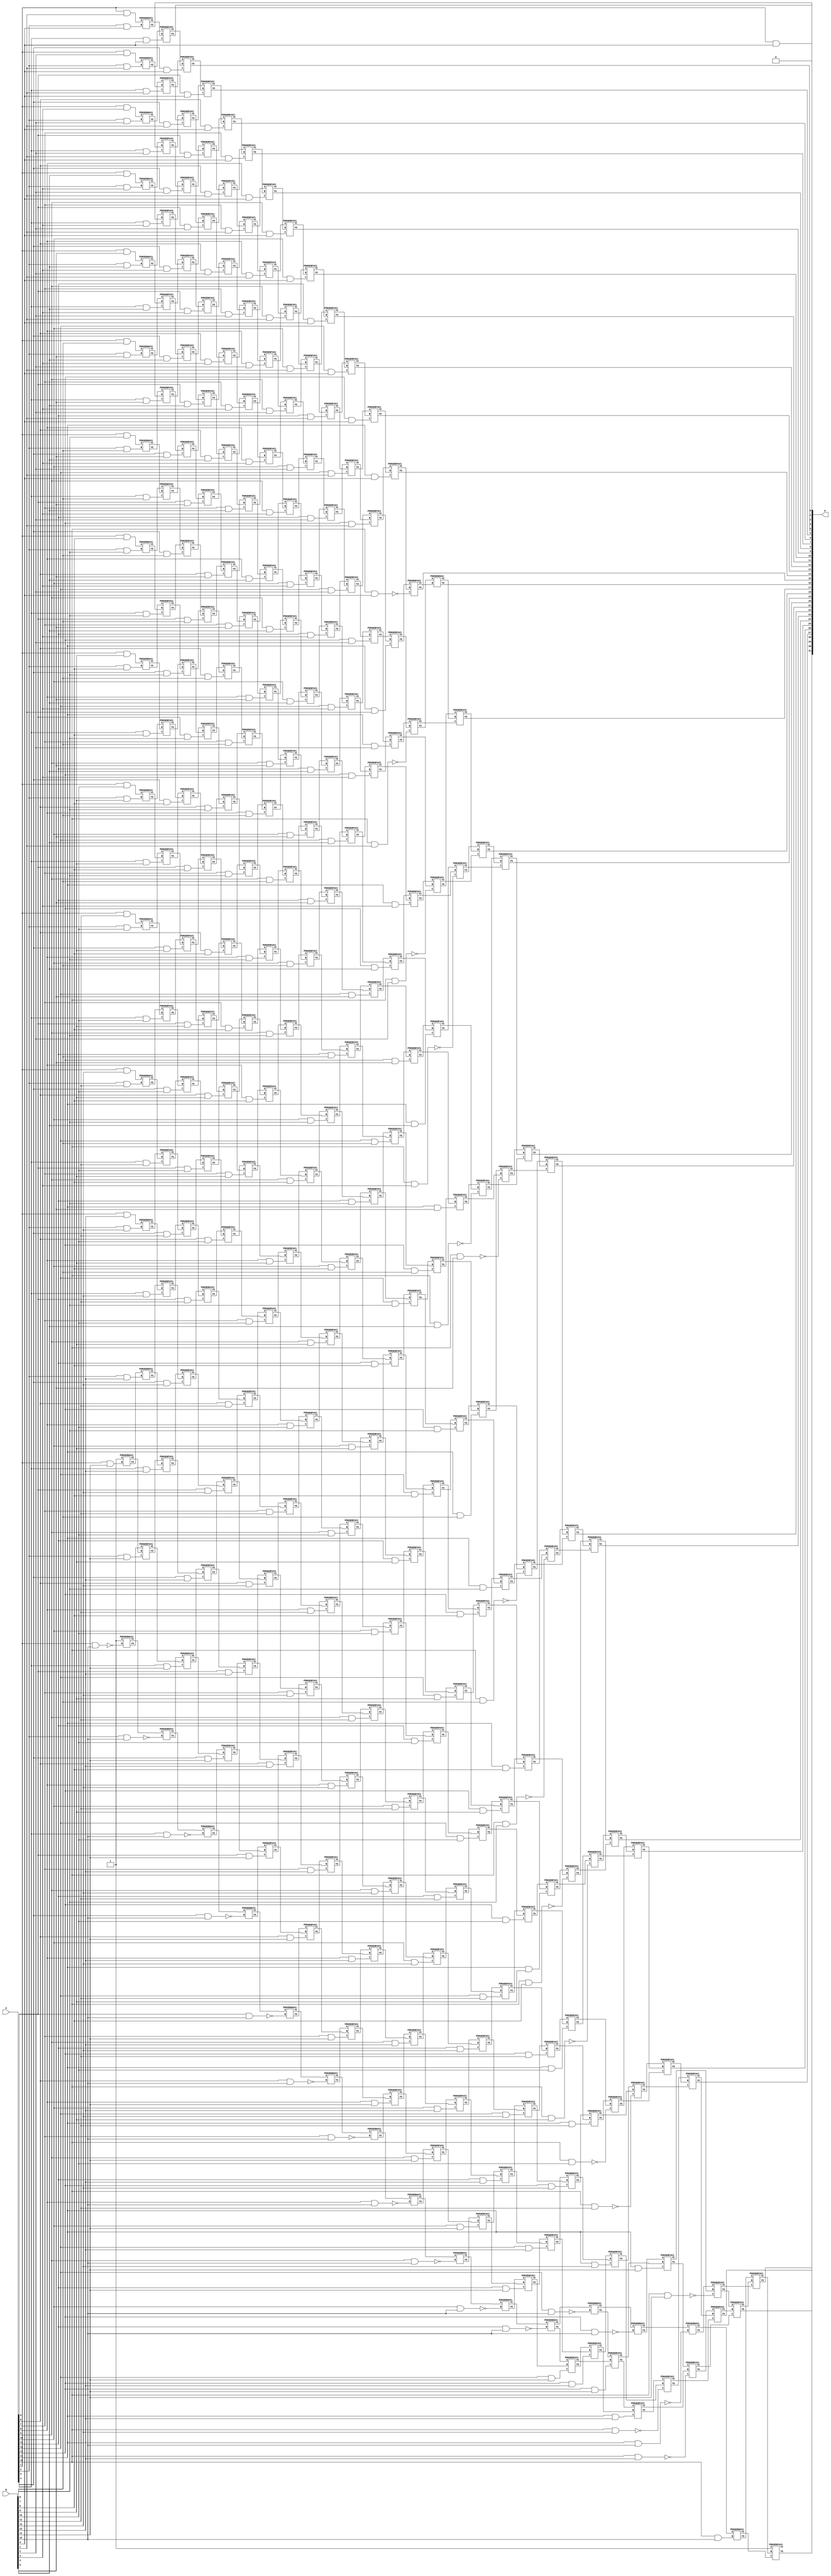
// This program was cloned from: https://github.com/ehw-fit/evoapproxlib
// License: MIT License

/***
* This code is a part of EvoApproxLib library (ehw.fit.vutbr.cz/approxlib) distributed under The MIT License.
* When used, please cite the following article(s): V. Mrazek, Z. Vasicek, L. Sekanina, H. Jiang and J. Han, "Scalable Construction of Approximate Multipliers With Formally Guaranteed Worst Case Error" in IEEE Transactions on Very Large Scale Integration (VLSI) Systems, vol. 26, no. 11, pp. 2572-2576, Nov. 2018. doi: 10.1109/TVLSI.2018.2856362 
* This file contains a circuit from a sub-set of pareto optimal circuits with respect to the pwr and ep parameters
***/
// MAE% = 0.00019 %
// MAE = 8192 
// WCE% = 0.00076 %
// WCE = 32768 
// WCRE% = 100.00 %
// EP% = 50.00 %
// MRE% = 0.018 %
// MSE = 17895.697e4 
// PDK45_PWR = 2.326 mW
// PDK45_AREA = 2764.2 um2
// PDK45_DELAY = 3.09 ns


module mul16s_G80 ( A, B, O );
  input [15:0] A;
  input [15:0] B;
  output [31:0] O;

  wire C_10_0,C_10_1,C_10_10,C_10_11,C_10_12,C_10_13,C_10_14,C_10_15,C_10_2,C_10_3,C_10_4,C_10_5,C_10_6,C_10_7,C_10_8,C_10_9,C_11_0,C_11_1,C_11_10,C_11_11,C_11_12,C_11_13,C_11_14,C_11_15,C_11_2,C_11_3,C_11_4,C_11_5,C_11_6,C_11_7,C_11_8,C_11_9,C_12_0,C_12_1,C_12_10,C_12_11,C_12_12,C_12_13,C_12_14,C_12_15,C_12_2,C_12_3,C_12_4,C_12_5,C_12_6,C_12_7,C_12_8,C_12_9,C_13_0,C_13_1,C_13_10,C_13_11,C_13_12,C_13_13,C_13_14,C_13_15,C_13_2,C_13_3,C_13_4,C_13_5,C_13_6,C_13_7,C_13_8,C_13_9,C_14_0,C_14_1,C_14_10,C_14_11,C_14_12,C_14_13,C_14_14,C_14_15,C_14_2,C_14_3,C_14_4,C_14_5,C_14_6,C_14_7,C_14_8,C_14_9,C_15_0,C_15_1,C_15_10,C_15_11,C_15_12,C_15_13,C_15_14,C_15_15,C_15_2,C_15_3,C_15_4,C_15_5,C_15_6,C_15_7,C_15_8,C_15_9,C_16_0,C_16_1,C_16_10,C_16_11,C_16_12,C_16_13,C_16_14,C_16_15,C_16_2,C_16_3,C_16_4,C_16_5,C_16_6,C_16_7,C_16_8,C_16_9,C_1_14,C_1_15,C_2_0,C_2_1,C_2_10,C_2_11,C_2_12,C_2_13,C_2_14,C_2_15,C_2_2,C_2_3,C_2_4,C_2_5,C_2_6,C_2_7,C_2_8,C_2_9,C_3_0,C_3_1,C_3_10,C_3_11,C_3_12,C_3_13,C_3_14,C_3_15,C_3_2,C_3_3,C_3_4,C_3_5,C_3_6,C_3_7,C_3_8,C_3_9,C_4_0,C_4_1,C_4_10,C_4_11,C_4_12,C_4_13,C_4_14,C_4_15,C_4_2,C_4_3,C_4_4,C_4_5,C_4_6,C_4_7,C_4_8,C_4_9,C_5_0,C_5_1,C_5_10,C_5_11,C_5_12,C_5_13,C_5_14,C_5_15,C_5_2,C_5_3,C_5_4,C_5_5,C_5_6,C_5_7,C_5_8,C_5_9,C_6_0,C_6_1,C_6_10,C_6_11,C_6_12,C_6_13,C_6_14,C_6_15,C_6_2,C_6_3,C_6_4,C_6_5,C_6_6,C_6_7,C_6_8,C_6_9,C_7_0,C_7_1,C_7_10,C_7_11,C_7_12,C_7_13,C_7_14,C_7_15,C_7_2,C_7_3,C_7_4,C_7_5,C_7_6,C_7_7,C_7_8,C_7_9,C_8_0,C_8_1,C_8_10,C_8_11,C_8_12,C_8_13,C_8_14,C_8_15,C_8_2,C_8_3,C_8_4,C_8_5,C_8_6,C_8_7,C_8_8,C_8_9,C_9_0,C_9_1,C_9_10,C_9_11,C_9_12,C_9_13,C_9_14,C_9_15,C_9_2,C_9_3,C_9_4,C_9_5,C_9_6,C_9_7,C_9_8,C_9_9,S_0_15,S_10_0,S_10_1,S_10_10,S_10_11,S_10_12,S_10_13,S_10_14,S_10_15,S_10_2,S_10_3,S_10_4,S_10_5,S_10_6,S_10_7,S_10_8,S_10_9,S_11_0,S_11_1,S_11_10,S_11_11,S_11_12,S_11_13,S_11_14,S_11_15,S_11_2,S_11_3,S_11_4,S_11_5,S_11_6,S_11_7,S_11_8,S_11_9,S_12_0,S_12_1,S_12_10,S_12_11,S_12_12,S_12_13,S_12_14,S_12_15,S_12_2,S_12_3,S_12_4,S_12_5,S_12_6,S_12_7,S_12_8,S_12_9,S_13_0,S_13_1,S_13_10,S_13_11,S_13_12,S_13_13,S_13_14,S_13_15,S_13_2,S_13_3,S_13_4,S_13_5,S_13_6,S_13_7,S_13_8,S_13_9,S_14_0,S_14_1,S_14_10,S_14_11,S_14_12,S_14_13,S_14_14,S_14_15,S_14_2,S_14_3,S_14_4,S_14_5,S_14_6,S_14_7,S_14_8,S_14_9,S_15_0,S_15_1,S_15_10,S_15_11,S_15_12,S_15_13,S_15_14,S_15_15,S_15_2,S_15_3,S_15_4,S_15_5,S_15_6,S_15_7,S_15_8,S_15_9,S_16_0,S_16_1,S_16_10,S_16_11,S_16_12,S_16_13,S_16_14,S_16_15,S_16_2,S_16_3,S_16_4,S_16_5,S_16_6,S_16_7,S_16_8,S_16_9,S_1_0,S_1_1,S_1_10,S_1_11,S_1_12,S_1_13,S_1_14,S_1_15,S_1_2,S_1_3,S_1_4,S_1_5,S_1_6,S_1_7,S_1_8,S_1_9,S_2_0,S_2_1,S_2_10,S_2_11,S_2_12,S_2_13,S_2_14,S_2_15,S_2_2,S_2_3,S_2_4,S_2_5,S_2_6,S_2_7,S_2_8,S_2_9,S_3_0,S_3_1,S_3_10,S_3_11,S_3_12,S_3_13,S_3_14,S_3_15,S_3_2,S_3_3,S_3_4,S_3_5,S_3_6,S_3_7,S_3_8,S_3_9,S_4_0,S_4_1,S_4_10,S_4_11,S_4_12,S_4_13,S_4_14,S_4_15,S_4_2,S_4_3,S_4_4,S_4_5,S_4_6,S_4_7,S_4_8,S_4_9,S_5_0,S_5_1,S_5_10,S_5_11,S_5_12,S_5_13,S_5_14,S_5_15,S_5_2,S_5_3,S_5_4,S_5_5,S_5_6,S_5_7,S_5_8,S_5_9,S_6_0,S_6_1,S_6_10,S_6_11,S_6_12,S_6_13,S_6_14,S_6_15,S_6_2,S_6_3,S_6_4,S_6_5,S_6_6,S_6_7,S_6_8,S_6_9,S_7_0,S_7_1,S_7_10,S_7_11,S_7_12,S_7_13,S_7_14,S_7_15,S_7_2,S_7_3,S_7_4,S_7_5,S_7_6,S_7_7,S_7_8,S_7_9,S_8_0,S_8_1,S_8_10,S_8_11,S_8_12,S_8_13,S_8_14,S_8_15,S_8_2,S_8_3,S_8_4,S_8_5,S_8_6,S_8_7,S_8_8,S_8_9,S_9_0,S_9_1,S_9_10,S_9_11,S_9_12,S_9_13,S_9_14,S_9_15,S_9_2,S_9_3,S_9_4,S_9_5,S_9_6,S_9_7,S_9_8,S_9_9;

  assign S_0_15 = 1'b1;
  assign S_1_0 = (A[1] & B[0]);
  assign S_1_1 = (A[1] & B[1]);
  assign S_1_2 = (A[1] & B[2]);
  assign S_1_3 = (A[1] & B[3]);
  assign S_1_4 = (A[1] & B[4]);
  assign S_1_5 = (A[1] & B[5]);
  assign S_1_6 = (A[1] & B[6]);
  assign S_1_7 = (A[1] & B[7]);
  assign S_1_8 = (A[1] & B[8]);
  assign S_1_9 = (A[1] & B[9]);
  assign S_1_10 = (A[1] & B[10]);
  assign S_1_11 = (A[1] & B[11]);
  assign S_1_12 = (A[1] & B[12]);
  assign S_1_13 = (A[1] & B[13]);
  PDKGENHAX1 U95663 (.A(S_0_15), .B((A[1] & B[14])), .YS(S_1_14), .YC(C_1_14));
  PDKGENHAX1 U95664 (.A(1'b1), .B(~(A[1] & B[15])), .YS(S_1_15), .YC(C_1_15));
  PDKGENHAX1 U95665 (.A(S_1_1), .B((A[2] & B[0])), .YS(S_2_0), .YC(C_2_0));
  PDKGENHAX1 U95666 (.A(S_1_2), .B((A[2] & B[1])), .YS(S_2_1), .YC(C_2_1));
  PDKGENHAX1 U95667 (.A(S_1_3), .B((A[2] & B[2])), .YS(S_2_2), .YC(C_2_2));
  PDKGENHAX1 U95668 (.A(S_1_4), .B((A[2] & B[3])), .YS(S_2_3), .YC(C_2_3));
  PDKGENHAX1 U95669 (.A(S_1_5), .B((A[2] & B[4])), .YS(S_2_4), .YC(C_2_4));
  PDKGENHAX1 U95670 (.A(S_1_6), .B((A[2] & B[5])), .YS(S_2_5), .YC(C_2_5));
  PDKGENHAX1 U95671 (.A(S_1_7), .B((A[2] & B[6])), .YS(S_2_6), .YC(C_2_6));
  PDKGENHAX1 U95672 (.A(S_1_8), .B((A[2] & B[7])), .YS(S_2_7), .YC(C_2_7));
  PDKGENHAX1 U95673 (.A(S_1_9), .B((A[2] & B[8])), .YS(S_2_8), .YC(C_2_8));
  PDKGENHAX1 U95674 (.A(S_1_10), .B((A[2] & B[9])), .YS(S_2_9), .YC(C_2_9));
  PDKGENHAX1 U95675 (.A(S_1_11), .B((A[2] & B[10])), .YS(S_2_10), .YC(C_2_10));
  PDKGENHAX1 U95676 (.A(S_1_12), .B((A[2] & B[11])), .YS(S_2_11), .YC(C_2_11));
  PDKGENHAX1 U95677 (.A(S_1_13), .B((A[2] & B[12])), .YS(S_2_12), .YC(C_2_12));
  PDKGENHAX1 U95678 (.A(S_1_14), .B((A[2] & B[13])), .YS(S_2_13), .YC(C_2_13));
  PDKGENFAX1 U95679 (.A(S_1_15), .B(C_1_14), .C((A[2] & B[14])), .YS(S_2_14), .YC(C_2_14));
  PDKGENHAX1 U95680 (.A(C_1_15), .B(~(A[2] & B[15])), .YS(S_2_15), .YC(C_2_15));
  PDKGENFAX1 U95681 (.A(S_2_1), .B(C_2_0), .C((A[3] & B[0])), .YS(S_3_0), .YC(C_3_0));
  PDKGENFAX1 U95682 (.A(S_2_2), .B(C_2_1), .C((A[3] & B[1])), .YS(S_3_1), .YC(C_3_1));
  PDKGENFAX1 U95683 (.A(S_2_3), .B(C_2_2), .C((A[3] & B[2])), .YS(S_3_2), .YC(C_3_2));
  PDKGENFAX1 U95684 (.A(S_2_4), .B(C_2_3), .C((A[3] & B[3])), .YS(S_3_3), .YC(C_3_3));
  PDKGENFAX1 U95685 (.A(S_2_5), .B(C_2_4), .C((A[3] & B[4])), .YS(S_3_4), .YC(C_3_4));
  PDKGENFAX1 U95686 (.A(S_2_6), .B(C_2_5), .C((A[3] & B[5])), .YS(S_3_5), .YC(C_3_5));
  PDKGENFAX1 U95687 (.A(S_2_7), .B(C_2_6), .C((A[3] & B[6])), .YS(S_3_6), .YC(C_3_6));
  PDKGENFAX1 U95688 (.A(S_2_8), .B(C_2_7), .C((A[3] & B[7])), .YS(S_3_7), .YC(C_3_7));
  PDKGENFAX1 U95689 (.A(S_2_9), .B(C_2_8), .C((A[3] & B[8])), .YS(S_3_8), .YC(C_3_8));
  PDKGENFAX1 U95690 (.A(S_2_10), .B(C_2_9), .C((A[3] & B[9])), .YS(S_3_9), .YC(C_3_9));
  PDKGENFAX1 U95691 (.A(S_2_11), .B(C_2_10), .C((A[3] & B[10])), .YS(S_3_10), .YC(C_3_10));
  PDKGENFAX1 U95692 (.A(S_2_12), .B(C_2_11), .C((A[3] & B[11])), .YS(S_3_11), .YC(C_3_11));
  PDKGENFAX1 U95693 (.A(S_2_13), .B(C_2_12), .C((A[3] & B[12])), .YS(S_3_12), .YC(C_3_12));
  PDKGENFAX1 U95694 (.A(S_2_14), .B(C_2_13), .C((A[3] & B[13])), .YS(S_3_13), .YC(C_3_13));
  PDKGENFAX1 U95695 (.A(S_2_15), .B(C_2_14), .C((A[3] & B[14])), .YS(S_3_14), .YC(C_3_14));
  PDKGENHAX1 U95696 (.A(C_2_15), .B(~(A[3] & B[15])), .YS(S_3_15), .YC(C_3_15));
  PDKGENFAX1 U95697 (.A(S_3_1), .B(C_3_0), .C((A[4] & B[0])), .YS(S_4_0), .YC(C_4_0));
  PDKGENFAX1 U95698 (.A(S_3_2), .B(C_3_1), .C((A[4] & B[1])), .YS(S_4_1), .YC(C_4_1));
  PDKGENFAX1 U95699 (.A(S_3_3), .B(C_3_2), .C((A[4] & B[2])), .YS(S_4_2), .YC(C_4_2));
  PDKGENFAX1 U95700 (.A(S_3_4), .B(C_3_3), .C((A[4] & B[3])), .YS(S_4_3), .YC(C_4_3));
  PDKGENFAX1 U95701 (.A(S_3_5), .B(C_3_4), .C((A[4] & B[4])), .YS(S_4_4), .YC(C_4_4));
  PDKGENFAX1 U95702 (.A(S_3_6), .B(C_3_5), .C((A[4] & B[5])), .YS(S_4_5), .YC(C_4_5));
  PDKGENFAX1 U95703 (.A(S_3_7), .B(C_3_6), .C((A[4] & B[6])), .YS(S_4_6), .YC(C_4_6));
  PDKGENFAX1 U95704 (.A(S_3_8), .B(C_3_7), .C((A[4] & B[7])), .YS(S_4_7), .YC(C_4_7));
  PDKGENFAX1 U95705 (.A(S_3_9), .B(C_3_8), .C((A[4] & B[8])), .YS(S_4_8), .YC(C_4_8));
  PDKGENFAX1 U95706 (.A(S_3_10), .B(C_3_9), .C((A[4] & B[9])), .YS(S_4_9), .YC(C_4_9));
  PDKGENFAX1 U95707 (.A(S_3_11), .B(C_3_10), .C((A[4] & B[10])), .YS(S_4_10), .YC(C_4_10));
  PDKGENFAX1 U95708 (.A(S_3_12), .B(C_3_11), .C((A[4] & B[11])), .YS(S_4_11), .YC(C_4_11));
  PDKGENFAX1 U95709 (.A(S_3_13), .B(C_3_12), .C((A[4] & B[12])), .YS(S_4_12), .YC(C_4_12));
  PDKGENFAX1 U95710 (.A(S_3_14), .B(C_3_13), .C((A[4] & B[13])), .YS(S_4_13), .YC(C_4_13));
  PDKGENFAX1 U95711 (.A(S_3_15), .B(C_3_14), .C((A[4] & B[14])), .YS(S_4_14), .YC(C_4_14));
  PDKGENHAX1 U95712 (.A(C_3_15), .B(~(A[4] & B[15])), .YS(S_4_15), .YC(C_4_15));
  PDKGENFAX1 U95713 (.A(S_4_1), .B(C_4_0), .C((A[5] & B[0])), .YS(S_5_0), .YC(C_5_0));
  PDKGENFAX1 U95714 (.A(S_4_2), .B(C_4_1), .C((A[5] & B[1])), .YS(S_5_1), .YC(C_5_1));
  PDKGENFAX1 U95715 (.A(S_4_3), .B(C_4_2), .C((A[5] & B[2])), .YS(S_5_2), .YC(C_5_2));
  PDKGENFAX1 U95716 (.A(S_4_4), .B(C_4_3), .C((A[5] & B[3])), .YS(S_5_3), .YC(C_5_3));
  PDKGENFAX1 U95717 (.A(S_4_5), .B(C_4_4), .C((A[5] & B[4])), .YS(S_5_4), .YC(C_5_4));
  PDKGENFAX1 U95718 (.A(S_4_6), .B(C_4_5), .C((A[5] & B[5])), .YS(S_5_5), .YC(C_5_5));
  PDKGENFAX1 U95719 (.A(S_4_7), .B(C_4_6), .C((A[5] & B[6])), .YS(S_5_6), .YC(C_5_6));
  PDKGENFAX1 U95720 (.A(S_4_8), .B(C_4_7), .C((A[5] & B[7])), .YS(S_5_7), .YC(C_5_7));
  PDKGENFAX1 U95721 (.A(S_4_9), .B(C_4_8), .C((A[5] & B[8])), .YS(S_5_8), .YC(C_5_8));
  PDKGENFAX1 U95722 (.A(S_4_10), .B(C_4_9), .C((A[5] & B[9])), .YS(S_5_9), .YC(C_5_9));
  PDKGENFAX1 U95723 (.A(S_4_11), .B(C_4_10), .C((A[5] & B[10])), .YS(S_5_10), .YC(C_5_10));
  PDKGENFAX1 U95724 (.A(S_4_12), .B(C_4_11), .C((A[5] & B[11])), .YS(S_5_11), .YC(C_5_11));
  PDKGENFAX1 U95725 (.A(S_4_13), .B(C_4_12), .C((A[5] & B[12])), .YS(S_5_12), .YC(C_5_12));
  PDKGENFAX1 U95726 (.A(S_4_14), .B(C_4_13), .C((A[5] & B[13])), .YS(S_5_13), .YC(C_5_13));
  PDKGENFAX1 U95727 (.A(S_4_15), .B(C_4_14), .C((A[5] & B[14])), .YS(S_5_14), .YC(C_5_14));
  PDKGENHAX1 U95728 (.A(C_4_15), .B(~(A[5] & B[15])), .YS(S_5_15), .YC(C_5_15));
  PDKGENFAX1 U95729 (.A(S_5_1), .B(C_5_0), .C((A[6] & B[0])), .YS(S_6_0), .YC(C_6_0));
  PDKGENFAX1 U95730 (.A(S_5_2), .B(C_5_1), .C((A[6] & B[1])), .YS(S_6_1), .YC(C_6_1));
  PDKGENFAX1 U95731 (.A(S_5_3), .B(C_5_2), .C((A[6] & B[2])), .YS(S_6_2), .YC(C_6_2));
  PDKGENFAX1 U95732 (.A(S_5_4), .B(C_5_3), .C((A[6] & B[3])), .YS(S_6_3), .YC(C_6_3));
  PDKGENFAX1 U95733 (.A(S_5_5), .B(C_5_4), .C((A[6] & B[4])), .YS(S_6_4), .YC(C_6_4));
  PDKGENFAX1 U95734 (.A(S_5_6), .B(C_5_5), .C((A[6] & B[5])), .YS(S_6_5), .YC(C_6_5));
  PDKGENFAX1 U95735 (.A(S_5_7), .B(C_5_6), .C((A[6] & B[6])), .YS(S_6_6), .YC(C_6_6));
  PDKGENFAX1 U95736 (.A(S_5_8), .B(C_5_7), .C((A[6] & B[7])), .YS(S_6_7), .YC(C_6_7));
  PDKGENFAX1 U95737 (.A(S_5_9), .B(C_5_8), .C((A[6] & B[8])), .YS(S_6_8), .YC(C_6_8));
  PDKGENFAX1 U95738 (.A(S_5_10), .B(C_5_9), .C((A[6] & B[9])), .YS(S_6_9), .YC(C_6_9));
  PDKGENFAX1 U95739 (.A(S_5_11), .B(C_5_10), .C((A[6] & B[10])), .YS(S_6_10), .YC(C_6_10));
  PDKGENFAX1 U95740 (.A(S_5_12), .B(C_5_11), .C((A[6] & B[11])), .YS(S_6_11), .YC(C_6_11));
  PDKGENFAX1 U95741 (.A(S_5_13), .B(C_5_12), .C((A[6] & B[12])), .YS(S_6_12), .YC(C_6_12));
  PDKGENFAX1 U95742 (.A(S_5_14), .B(C_5_13), .C((A[6] & B[13])), .YS(S_6_13), .YC(C_6_13));
  PDKGENFAX1 U95743 (.A(S_5_15), .B(C_5_14), .C((A[6] & B[14])), .YS(S_6_14), .YC(C_6_14));
  PDKGENHAX1 U95744 (.A(C_5_15), .B(~(A[6] & B[15])), .YS(S_6_15), .YC(C_6_15));
  PDKGENFAX1 U95745 (.A(S_6_1), .B(C_6_0), .C((A[7] & B[0])), .YS(S_7_0), .YC(C_7_0));
  PDKGENFAX1 U95746 (.A(S_6_2), .B(C_6_1), .C((A[7] & B[1])), .YS(S_7_1), .YC(C_7_1));
  PDKGENFAX1 U95747 (.A(S_6_3), .B(C_6_2), .C((A[7] & B[2])), .YS(S_7_2), .YC(C_7_2));
  PDKGENFAX1 U95748 (.A(S_6_4), .B(C_6_3), .C((A[7] & B[3])), .YS(S_7_3), .YC(C_7_3));
  PDKGENFAX1 U95749 (.A(S_6_5), .B(C_6_4), .C((A[7] & B[4])), .YS(S_7_4), .YC(C_7_4));
  PDKGENFAX1 U95750 (.A(S_6_6), .B(C_6_5), .C((A[7] & B[5])), .YS(S_7_5), .YC(C_7_5));
  PDKGENFAX1 U95751 (.A(S_6_7), .B(C_6_6), .C((A[7] & B[6])), .YS(S_7_6), .YC(C_7_6));
  PDKGENFAX1 U95752 (.A(S_6_8), .B(C_6_7), .C((A[7] & B[7])), .YS(S_7_7), .YC(C_7_7));
  PDKGENFAX1 U95753 (.A(S_6_9), .B(C_6_8), .C((A[7] & B[8])), .YS(S_7_8), .YC(C_7_8));
  PDKGENFAX1 U95754 (.A(S_6_10), .B(C_6_9), .C((A[7] & B[9])), .YS(S_7_9), .YC(C_7_9));
  PDKGENFAX1 U95755 (.A(S_6_11), .B(C_6_10), .C((A[7] & B[10])), .YS(S_7_10), .YC(C_7_10));
  PDKGENFAX1 U95756 (.A(S_6_12), .B(C_6_11), .C((A[7] & B[11])), .YS(S_7_11), .YC(C_7_11));
  PDKGENFAX1 U95757 (.A(S_6_13), .B(C_6_12), .C((A[7] & B[12])), .YS(S_7_12), .YC(C_7_12));
  PDKGENFAX1 U95758 (.A(S_6_14), .B(C_6_13), .C((A[7] & B[13])), .YS(S_7_13), .YC(C_7_13));
  PDKGENFAX1 U95759 (.A(S_6_15), .B(C_6_14), .C((A[7] & B[14])), .YS(S_7_14), .YC(C_7_14));
  PDKGENHAX1 U95760 (.A(C_6_15), .B(~(A[7] & B[15])), .YS(S_7_15), .YC(C_7_15));
  PDKGENFAX1 U95761 (.A(S_7_1), .B(C_7_0), .C((A[8] & B[0])), .YS(S_8_0), .YC(C_8_0));
  PDKGENFAX1 U95762 (.A(S_7_2), .B(C_7_1), .C((A[8] & B[1])), .YS(S_8_1), .YC(C_8_1));
  PDKGENFAX1 U95763 (.A(S_7_3), .B(C_7_2), .C((A[8] & B[2])), .YS(S_8_2), .YC(C_8_2));
  PDKGENFAX1 U95764 (.A(S_7_4), .B(C_7_3), .C((A[8] & B[3])), .YS(S_8_3), .YC(C_8_3));
  PDKGENFAX1 U95765 (.A(S_7_5), .B(C_7_4), .C((A[8] & B[4])), .YS(S_8_4), .YC(C_8_4));
  PDKGENFAX1 U95766 (.A(S_7_6), .B(C_7_5), .C((A[8] & B[5])), .YS(S_8_5), .YC(C_8_5));
  PDKGENFAX1 U95767 (.A(S_7_7), .B(C_7_6), .C((A[8] & B[6])), .YS(S_8_6), .YC(C_8_6));
  PDKGENFAX1 U95768 (.A(S_7_8), .B(C_7_7), .C((A[8] & B[7])), .YS(S_8_7), .YC(C_8_7));
  PDKGENFAX1 U95769 (.A(S_7_9), .B(C_7_8), .C((A[8] & B[8])), .YS(S_8_8), .YC(C_8_8));
  PDKGENFAX1 U95770 (.A(S_7_10), .B(C_7_9), .C((A[8] & B[9])), .YS(S_8_9), .YC(C_8_9));
  PDKGENFAX1 U95771 (.A(S_7_11), .B(C_7_10), .C((A[8] & B[10])), .YS(S_8_10), .YC(C_8_10));
  PDKGENFAX1 U95772 (.A(S_7_12), .B(C_7_11), .C((A[8] & B[11])), .YS(S_8_11), .YC(C_8_11));
  PDKGENFAX1 U95773 (.A(S_7_13), .B(C_7_12), .C((A[8] & B[12])), .YS(S_8_12), .YC(C_8_12));
  PDKGENFAX1 U95774 (.A(S_7_14), .B(C_7_13), .C((A[8] & B[13])), .YS(S_8_13), .YC(C_8_13));
  PDKGENFAX1 U95775 (.A(S_7_15), .B(C_7_14), .C((A[8] & B[14])), .YS(S_8_14), .YC(C_8_14));
  PDKGENHAX1 U95776 (.A(C_7_15), .B(~(A[8] & B[15])), .YS(S_8_15), .YC(C_8_15));
  PDKGENFAX1 U95777 (.A(S_8_1), .B(C_8_0), .C((A[9] & B[0])), .YS(S_9_0), .YC(C_9_0));
  PDKGENFAX1 U95778 (.A(S_8_2), .B(C_8_1), .C((A[9] & B[1])), .YS(S_9_1), .YC(C_9_1));
  PDKGENFAX1 U95779 (.A(S_8_3), .B(C_8_2), .C((A[9] & B[2])), .YS(S_9_2), .YC(C_9_2));
  PDKGENFAX1 U95780 (.A(S_8_4), .B(C_8_3), .C((A[9] & B[3])), .YS(S_9_3), .YC(C_9_3));
  PDKGENFAX1 U95781 (.A(S_8_5), .B(C_8_4), .C((A[9] & B[4])), .YS(S_9_4), .YC(C_9_4));
  PDKGENFAX1 U95782 (.A(S_8_6), .B(C_8_5), .C((A[9] & B[5])), .YS(S_9_5), .YC(C_9_5));
  PDKGENFAX1 U95783 (.A(S_8_7), .B(C_8_6), .C((A[9] & B[6])), .YS(S_9_6), .YC(C_9_6));
  PDKGENFAX1 U95784 (.A(S_8_8), .B(C_8_7), .C((A[9] & B[7])), .YS(S_9_7), .YC(C_9_7));
  PDKGENFAX1 U95785 (.A(S_8_9), .B(C_8_8), .C((A[9] & B[8])), .YS(S_9_8), .YC(C_9_8));
  PDKGENFAX1 U95786 (.A(S_8_10), .B(C_8_9), .C((A[9] & B[9])), .YS(S_9_9), .YC(C_9_9));
  PDKGENFAX1 U95787 (.A(S_8_11), .B(C_8_10), .C((A[9] & B[10])), .YS(S_9_10), .YC(C_9_10));
  PDKGENFAX1 U95788 (.A(S_8_12), .B(C_8_11), .C((A[9] & B[11])), .YS(S_9_11), .YC(C_9_11));
  PDKGENFAX1 U95789 (.A(S_8_13), .B(C_8_12), .C((A[9] & B[12])), .YS(S_9_12), .YC(C_9_12));
  PDKGENFAX1 U95790 (.A(S_8_14), .B(C_8_13), .C((A[9] & B[13])), .YS(S_9_13), .YC(C_9_13));
  PDKGENFAX1 U95791 (.A(S_8_15), .B(C_8_14), .C((A[9] & B[14])), .YS(S_9_14), .YC(C_9_14));
  PDKGENHAX1 U95792 (.A(C_8_15), .B(~(A[9] & B[15])), .YS(S_9_15), .YC(C_9_15));
  PDKGENFAX1 U95793 (.A(S_9_1), .B(C_9_0), .C((A[10] & B[0])), .YS(S_10_0), .YC(C_10_0));
  PDKGENFAX1 U95794 (.A(S_9_2), .B(C_9_1), .C((A[10] & B[1])), .YS(S_10_1), .YC(C_10_1));
  PDKGENFAX1 U95795 (.A(S_9_3), .B(C_9_2), .C((A[10] & B[2])), .YS(S_10_2), .YC(C_10_2));
  PDKGENFAX1 U95796 (.A(S_9_4), .B(C_9_3), .C((A[10] & B[3])), .YS(S_10_3), .YC(C_10_3));
  PDKGENFAX1 U95797 (.A(S_9_5), .B(C_9_4), .C((A[10] & B[4])), .YS(S_10_4), .YC(C_10_4));
  PDKGENFAX1 U95798 (.A(S_9_6), .B(C_9_5), .C((A[10] & B[5])), .YS(S_10_5), .YC(C_10_5));
  PDKGENFAX1 U95799 (.A(S_9_7), .B(C_9_6), .C((A[10] & B[6])), .YS(S_10_6), .YC(C_10_6));
  PDKGENFAX1 U95800 (.A(S_9_8), .B(C_9_7), .C((A[10] & B[7])), .YS(S_10_7), .YC(C_10_7));
  PDKGENFAX1 U95801 (.A(S_9_9), .B(C_9_8), .C((A[10] & B[8])), .YS(S_10_8), .YC(C_10_8));
  PDKGENFAX1 U95802 (.A(S_9_10), .B(C_9_9), .C((A[10] & B[9])), .YS(S_10_9), .YC(C_10_9));
  PDKGENFAX1 U95803 (.A(S_9_11), .B(C_9_10), .C((A[10] & B[10])), .YS(S_10_10), .YC(C_10_10));
  PDKGENFAX1 U95804 (.A(S_9_12), .B(C_9_11), .C((A[10] & B[11])), .YS(S_10_11), .YC(C_10_11));
  PDKGENFAX1 U95805 (.A(S_9_13), .B(C_9_12), .C((A[10] & B[12])), .YS(S_10_12), .YC(C_10_12));
  PDKGENFAX1 U95806 (.A(S_9_14), .B(C_9_13), .C((A[10] & B[13])), .YS(S_10_13), .YC(C_10_13));
  PDKGENFAX1 U95807 (.A(S_9_15), .B(C_9_14), .C((A[10] & B[14])), .YS(S_10_14), .YC(C_10_14));
  PDKGENHAX1 U95808 (.A(C_9_15), .B(~(A[10] & B[15])), .YS(S_10_15), .YC(C_10_15));
  PDKGENFAX1 U95809 (.A(S_10_1), .B(C_10_0), .C((A[11] & B[0])), .YS(S_11_0), .YC(C_11_0));
  PDKGENFAX1 U95810 (.A(S_10_2), .B(C_10_1), .C((A[11] & B[1])), .YS(S_11_1), .YC(C_11_1));
  PDKGENFAX1 U95811 (.A(S_10_3), .B(C_10_2), .C((A[11] & B[2])), .YS(S_11_2), .YC(C_11_2));
  PDKGENFAX1 U95812 (.A(S_10_4), .B(C_10_3), .C((A[11] & B[3])), .YS(S_11_3), .YC(C_11_3));
  PDKGENFAX1 U95813 (.A(S_10_5), .B(C_10_4), .C((A[11] & B[4])), .YS(S_11_4), .YC(C_11_4));
  PDKGENFAX1 U95814 (.A(S_10_6), .B(C_10_5), .C((A[11] & B[5])), .YS(S_11_5), .YC(C_11_5));
  PDKGENFAX1 U95815 (.A(S_10_7), .B(C_10_6), .C((A[11] & B[6])), .YS(S_11_6), .YC(C_11_6));
  PDKGENFAX1 U95816 (.A(S_10_8), .B(C_10_7), .C((A[11] & B[7])), .YS(S_11_7), .YC(C_11_7));
  PDKGENFAX1 U95817 (.A(S_10_9), .B(C_10_8), .C((A[11] & B[8])), .YS(S_11_8), .YC(C_11_8));
  PDKGENFAX1 U95818 (.A(S_10_10), .B(C_10_9), .C((A[11] & B[9])), .YS(S_11_9), .YC(C_11_9));
  PDKGENFAX1 U95819 (.A(S_10_11), .B(C_10_10), .C((A[11] & B[10])), .YS(S_11_10), .YC(C_11_10));
  PDKGENFAX1 U95820 (.A(S_10_12), .B(C_10_11), .C((A[11] & B[11])), .YS(S_11_11), .YC(C_11_11));
  PDKGENFAX1 U95821 (.A(S_10_13), .B(C_10_12), .C((A[11] & B[12])), .YS(S_11_12), .YC(C_11_12));
  PDKGENFAX1 U95822 (.A(S_10_14), .B(C_10_13), .C((A[11] & B[13])), .YS(S_11_13), .YC(C_11_13));
  PDKGENFAX1 U95823 (.A(S_10_15), .B(C_10_14), .C((A[11] & B[14])), .YS(S_11_14), .YC(C_11_14));
  PDKGENHAX1 U95824 (.A(C_10_15), .B(~(A[11] & B[15])), .YS(S_11_15), .YC(C_11_15));
  PDKGENFAX1 U95825 (.A(S_11_1), .B(C_11_0), .C((A[12] & B[0])), .YS(S_12_0), .YC(C_12_0));
  PDKGENFAX1 U95826 (.A(S_11_2), .B(C_11_1), .C((A[12] & B[1])), .YS(S_12_1), .YC(C_12_1));
  PDKGENFAX1 U95827 (.A(S_11_3), .B(C_11_2), .C((A[12] & B[2])), .YS(S_12_2), .YC(C_12_2));
  PDKGENFAX1 U95828 (.A(S_11_4), .B(C_11_3), .C((A[12] & B[3])), .YS(S_12_3), .YC(C_12_3));
  PDKGENFAX1 U95829 (.A(S_11_5), .B(C_11_4), .C((A[12] & B[4])), .YS(S_12_4), .YC(C_12_4));
  PDKGENFAX1 U95830 (.A(S_11_6), .B(C_11_5), .C((A[12] & B[5])), .YS(S_12_5), .YC(C_12_5));
  PDKGENFAX1 U95831 (.A(S_11_7), .B(C_11_6), .C((A[12] & B[6])), .YS(S_12_6), .YC(C_12_6));
  PDKGENFAX1 U95832 (.A(S_11_8), .B(C_11_7), .C((A[12] & B[7])), .YS(S_12_7), .YC(C_12_7));
  PDKGENFAX1 U95833 (.A(S_11_9), .B(C_11_8), .C((A[12] & B[8])), .YS(S_12_8), .YC(C_12_8));
  PDKGENFAX1 U95834 (.A(S_11_10), .B(C_11_9), .C((A[12] & B[9])), .YS(S_12_9), .YC(C_12_9));
  PDKGENFAX1 U95835 (.A(S_11_11), .B(C_11_10), .C((A[12] & B[10])), .YS(S_12_10), .YC(C_12_10));
  PDKGENFAX1 U95836 (.A(S_11_12), .B(C_11_11), .C((A[12] & B[11])), .YS(S_12_11), .YC(C_12_11));
  PDKGENFAX1 U95837 (.A(S_11_13), .B(C_11_12), .C((A[12] & B[12])), .YS(S_12_12), .YC(C_12_12));
  PDKGENFAX1 U95838 (.A(S_11_14), .B(C_11_13), .C((A[12] & B[13])), .YS(S_12_13), .YC(C_12_13));
  PDKGENFAX1 U95839 (.A(S_11_15), .B(C_11_14), .C((A[12] & B[14])), .YS(S_12_14), .YC(C_12_14));
  PDKGENHAX1 U95840 (.A(C_11_15), .B(~(A[12] & B[15])), .YS(S_12_15), .YC(C_12_15));
  PDKGENFAX1 U95841 (.A(S_12_1), .B(C_12_0), .C((A[13] & B[0])), .YS(S_13_0), .YC(C_13_0));
  PDKGENFAX1 U95842 (.A(S_12_2), .B(C_12_1), .C((A[13] & B[1])), .YS(S_13_1), .YC(C_13_1));
  PDKGENFAX1 U95843 (.A(S_12_3), .B(C_12_2), .C((A[13] & B[2])), .YS(S_13_2), .YC(C_13_2));
  PDKGENFAX1 U95844 (.A(S_12_4), .B(C_12_3), .C((A[13] & B[3])), .YS(S_13_3), .YC(C_13_3));
  PDKGENFAX1 U95845 (.A(S_12_5), .B(C_12_4), .C((A[13] & B[4])), .YS(S_13_4), .YC(C_13_4));
  PDKGENFAX1 U95846 (.A(S_12_6), .B(C_12_5), .C((A[13] & B[5])), .YS(S_13_5), .YC(C_13_5));
  PDKGENFAX1 U95847 (.A(S_12_7), .B(C_12_6), .C((A[13] & B[6])), .YS(S_13_6), .YC(C_13_6));
  PDKGENFAX1 U95848 (.A(S_12_8), .B(C_12_7), .C((A[13] & B[7])), .YS(S_13_7), .YC(C_13_7));
  PDKGENFAX1 U95849 (.A(S_12_9), .B(C_12_8), .C((A[13] & B[8])), .YS(S_13_8), .YC(C_13_8));
  PDKGENFAX1 U95850 (.A(S_12_10), .B(C_12_9), .C((A[13] & B[9])), .YS(S_13_9), .YC(C_13_9));
  PDKGENFAX1 U95851 (.A(S_12_11), .B(C_12_10), .C((A[13] & B[10])), .YS(S_13_10), .YC(C_13_10));
  PDKGENFAX1 U95852 (.A(S_12_12), .B(C_12_11), .C((A[13] & B[11])), .YS(S_13_11), .YC(C_13_11));
  PDKGENFAX1 U95853 (.A(S_12_13), .B(C_12_12), .C((A[13] & B[12])), .YS(S_13_12), .YC(C_13_12));
  PDKGENFAX1 U95854 (.A(S_12_14), .B(C_12_13), .C((A[13] & B[13])), .YS(S_13_13), .YC(C_13_13));
  PDKGENFAX1 U95855 (.A(S_12_15), .B(C_12_14), .C((A[13] & B[14])), .YS(S_13_14), .YC(C_13_14));
  PDKGENHAX1 U95856 (.A(C_12_15), .B(~(A[13] & B[15])), .YS(S_13_15), .YC(C_13_15));
  PDKGENFAX1 U95857 (.A(S_13_1), .B(C_13_0), .C((A[14] & B[0])), .YS(S_14_0), .YC(C_14_0));
  PDKGENFAX1 U95858 (.A(S_13_2), .B(C_13_1), .C((A[14] & B[1])), .YS(S_14_1), .YC(C_14_1));
  PDKGENFAX1 U95859 (.A(S_13_3), .B(C_13_2), .C((A[14] & B[2])), .YS(S_14_2), .YC(C_14_2));
  PDKGENFAX1 U95860 (.A(S_13_4), .B(C_13_3), .C((A[14] & B[3])), .YS(S_14_3), .YC(C_14_3));
  PDKGENFAX1 U95861 (.A(S_13_5), .B(C_13_4), .C((A[14] & B[4])), .YS(S_14_4), .YC(C_14_4));
  PDKGENFAX1 U95862 (.A(S_13_6), .B(C_13_5), .C((A[14] & B[5])), .YS(S_14_5), .YC(C_14_5));
  PDKGENFAX1 U95863 (.A(S_13_7), .B(C_13_6), .C((A[14] & B[6])), .YS(S_14_6), .YC(C_14_6));
  PDKGENFAX1 U95864 (.A(S_13_8), .B(C_13_7), .C((A[14] & B[7])), .YS(S_14_7), .YC(C_14_7));
  PDKGENFAX1 U95865 (.A(S_13_9), .B(C_13_8), .C((A[14] & B[8])), .YS(S_14_8), .YC(C_14_8));
  PDKGENFAX1 U95866 (.A(S_13_10), .B(C_13_9), .C((A[14] & B[9])), .YS(S_14_9), .YC(C_14_9));
  PDKGENFAX1 U95867 (.A(S_13_11), .B(C_13_10), .C((A[14] & B[10])), .YS(S_14_10), .YC(C_14_10));
  PDKGENFAX1 U95868 (.A(S_13_12), .B(C_13_11), .C((A[14] & B[11])), .YS(S_14_11), .YC(C_14_11));
  PDKGENFAX1 U95869 (.A(S_13_13), .B(C_13_12), .C((A[14] & B[12])), .YS(S_14_12), .YC(C_14_12));
  PDKGENFAX1 U95870 (.A(S_13_14), .B(C_13_13), .C((A[14] & B[13])), .YS(S_14_13), .YC(C_14_13));
  PDKGENFAX1 U95871 (.A(S_13_15), .B(C_13_14), .C((A[14] & B[14])), .YS(S_14_14), .YC(C_14_14));
  PDKGENHAX1 U95872 (.A(C_13_15), .B(~(A[14] & B[15])), .YS(S_14_15), .YC(C_14_15));
  PDKGENFAX1 U95873 (.A(S_14_1), .B(C_14_0), .C(~(A[15] & B[0])), .YS(S_15_0), .YC(C_15_0));
  PDKGENFAX1 U95874 (.A(S_14_2), .B(C_14_1), .C(~(A[15] & B[1])), .YS(S_15_1), .YC(C_15_1));
  PDKGENFAX1 U95875 (.A(S_14_3), .B(C_14_2), .C(~(A[15] & B[2])), .YS(S_15_2), .YC(C_15_2));
  PDKGENFAX1 U95876 (.A(S_14_4), .B(C_14_3), .C(~(A[15] & B[3])), .YS(S_15_3), .YC(C_15_3));
  PDKGENFAX1 U95877 (.A(S_14_5), .B(C_14_4), .C(~(A[15] & B[4])), .YS(S_15_4), .YC(C_15_4));
  PDKGENFAX1 U95878 (.A(S_14_6), .B(C_14_5), .C(~(A[15] & B[5])), .YS(S_15_5), .YC(C_15_5));
  PDKGENFAX1 U95879 (.A(S_14_7), .B(C_14_6), .C(~(A[15] & B[6])), .YS(S_15_6), .YC(C_15_6));
  PDKGENFAX1 U95880 (.A(S_14_8), .B(C_14_7), .C(~(A[15] & B[7])), .YS(S_15_7), .YC(C_15_7));
  PDKGENFAX1 U95881 (.A(S_14_9), .B(C_14_8), .C(~(A[15] & B[8])), .YS(S_15_8), .YC(C_15_8));
  PDKGENFAX1 U95882 (.A(S_14_10), .B(C_14_9), .C(~(A[15] & B[9])), .YS(S_15_9), .YC(C_15_9));
  PDKGENFAX1 U95883 (.A(S_14_11), .B(C_14_10), .C(~(A[15] & B[10])), .YS(S_15_10), .YC(C_15_10));
  PDKGENFAX1 U95884 (.A(S_14_12), .B(C_14_11), .C(~(A[15] & B[11])), .YS(S_15_11), .YC(C_15_11));
  PDKGENFAX1 U95885 (.A(S_14_13), .B(C_14_12), .C(~(A[15] & B[12])), .YS(S_15_12), .YC(C_15_12));
  PDKGENFAX1 U95886 (.A(S_14_14), .B(C_14_13), .C(~(A[15] & B[13])), .YS(S_15_13), .YC(C_15_13));
  PDKGENFAX1 U95887 (.A(S_14_15), .B(C_14_14), .C(~(A[15] & B[14])), .YS(S_15_14), .YC(C_15_14));
  PDKGENHAX1 U95888 (.A(C_14_15), .B((A[15] & B[15])), .YS(S_15_15), .YC(C_15_15));
  PDKGENHAX1 U95889 (.A(S_15_1), .B(C_15_0), .YS(S_16_0), .YC(C_16_0));
  PDKGENFAX1 U95890 (.A(S_15_2), .B(C_16_0), .C(C_15_1), .YS(S_16_1), .YC(C_16_1));
  PDKGENFAX1 U95891 (.A(S_15_3), .B(C_16_1), .C(C_15_2), .YS(S_16_2), .YC(C_16_2));
  PDKGENFAX1 U95892 (.A(S_15_4), .B(C_16_2), .C(C_15_3), .YS(S_16_3), .YC(C_16_3));
  PDKGENFAX1 U95893 (.A(S_15_5), .B(C_16_3), .C(C_15_4), .YS(S_16_4), .YC(C_16_4));
  PDKGENFAX1 U95894 (.A(S_15_6), .B(C_16_4), .C(C_15_5), .YS(S_16_5), .YC(C_16_5));
  PDKGENFAX1 U95895 (.A(S_15_7), .B(C_16_5), .C(C_15_6), .YS(S_16_6), .YC(C_16_6));
  PDKGENFAX1 U95896 (.A(S_15_8), .B(C_16_6), .C(C_15_7), .YS(S_16_7), .YC(C_16_7));
  PDKGENFAX1 U95897 (.A(S_15_9), .B(C_16_7), .C(C_15_8), .YS(S_16_8), .YC(C_16_8));
  PDKGENFAX1 U95898 (.A(S_15_10), .B(C_16_8), .C(C_15_9), .YS(S_16_9), .YC(C_16_9));
  PDKGENFAX1 U95899 (.A(S_15_11), .B(C_16_9), .C(C_15_10), .YS(S_16_10), .YC(C_16_10));
  PDKGENFAX1 U95900 (.A(S_15_12), .B(C_16_10), .C(C_15_11), .YS(S_16_11), .YC(C_16_11));
  PDKGENFAX1 U95901 (.A(S_15_13), .B(C_16_11), .C(C_15_12), .YS(S_16_12), .YC(C_16_12));
  PDKGENFAX1 U95902 (.A(S_15_14), .B(C_16_12), .C(C_15_13), .YS(S_16_13), .YC(C_16_13));
  PDKGENFAX1 U95903 (.A(S_15_15), .B(C_16_13), .C(C_15_14), .YS(S_16_14), .YC(C_16_14));
  PDKGENFAX1 U95904 (.A(1'b1), .B(C_16_14), .C(C_15_15), .YS(S_16_15), .YC(C_16_15));
  assign O = {S_16_15,S_16_14,S_16_13,S_16_12,S_16_11,S_16_10,S_16_9,S_16_8,S_16_7,S_16_6,S_16_5,S_16_4,S_16_3,S_16_2,S_16_1,S_16_0,S_15_0,S_14_0,S_13_0,S_12_0,S_11_0,S_10_0,S_9_0,S_8_0,S_7_0,S_6_0,S_5_0,S_4_0,S_3_0,S_2_0,S_1_0,1'b0};

endmodule

/* mod */
module PDKGENHAX1( input A, input B, output YS, output YC );
    assign YS = A ^ B;
    assign YC = A & B;
endmodule
/* mod */
module PDKGENFAX1( input A, input B, input C, output YS, output YC );
    assign YS = (A ^ B) ^ C;
    assign YC = (A & B) | (B & C) | (A & C);
endmodule